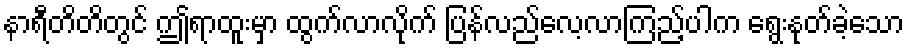
နာရီတိတိတွင် ဤရာထူးမှာ ထွက်လာလိုက် ပြန်လည်လေ့လာကြည့်ပါက ရွေးနုတ်ခဲ့သော